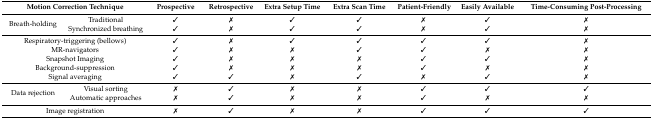
| <COLSPAN=2> Motion Correction Technique | Prospective | Retrospective | Extra Setup Time | Extra Scan Time | Patient-Friendly | Easily Available | Time-Consuming Post-Processing |
 | --- | --- | --- | --- | --- | --- | --- | --- | --- |
 | <ROWSPAN=2> Breath-holding | Traditional | ✓ | ✗ | ✓ | ✓ | ✗ | ✓ | ✗ |
 | Synchronized breathing | ✓ | ✗ | ✓ | ✓ | ✗ | ✓ | ✗ |
 | <COLSPAN=2> Respiratory-triggering (bellows) | ✓ | ✗ | ✓ | ✓ | ✓ | ✓ | ✗ |
 | <COLSPAN=2> MR-navigators | ✓ | ✗ | ✗ | ✓ | ✓ | ✗ | ✗ |
 | <COLSPAN=2> Snapshot Imaging | ✓ | ✗ | ✗ | ✗ | ✓ | ✓ | ✗ |
 | <COLSPAN=2> Background-suppression | ✓ | ✗ | ✗ | ✗ | ✓ | ✗ | ✗ |
 | <COLSPAN=2> Signal averaging | ✓ | ✓ | ✗ | ✓ | ✗ | ✓ | ✗ |
 | <ROWSPAN=2> Data rejection | Visual sorting | ✗ | ✓ | ✗ | ✗ | ✓ | ✓ | ✓ |
 | Automatic approaches | ✗ | ✓ | ✗ | ✗ | ✓ | ✗ | ✗ |
 | <COLSPAN=2> Image registration | ✗ | ✓ | ✗ | ✗ | ✓ | ✓ | ✓ |